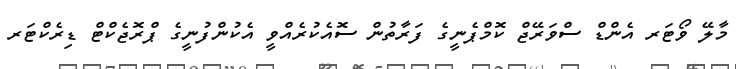
މާލޭ ވޯޓަރ އެންޑް ސްވަރޭޖް ކޮމްޕެނީގެ ފަރާތުން ސޮއެކުރެއްވީ އެކުންފުނީގެ ޕްރޮޖެކްޓް ޑިރެކްޓަރ